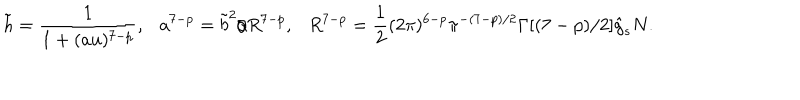
LaTeX: \tilde { h } = \frac { 1 } { 1 + ( a u ) ^ { 7 - p } } , \ \ \ a ^ { 7 - p } = \tilde { b } ^ { 2 } / R ^ { 7 - p } , \ \ \ R ^ { 7 - p } = \frac { 1 } { 2 } ( 2 \pi ) ^ { 6 - p } \pi ^ { - ( 7 - p ) / 2 } \Gamma [ ( 7 - p ) / 2 ] \hat { g } _ { s } N .